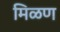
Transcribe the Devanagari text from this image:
मिळण